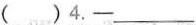
（）4.—___